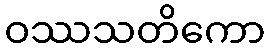
ဝဿသတိကော